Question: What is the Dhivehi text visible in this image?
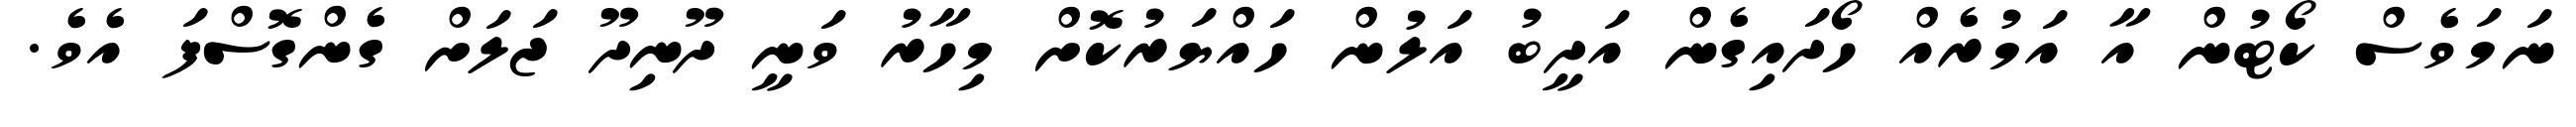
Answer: ނަމަވެސް ކޯޓުން އާ އަމުރެއް ހޯދައިގެން އަދީބު އަލުން ހައްޔަރުކޮށް މިހާރު ވަނީ ދޫނިދޫ ޖަލަށް ގެންގޮސްފަ އެވެ.